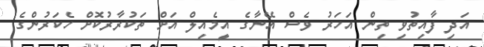
އަދި ފާއިތުވި ތިން އަހަރު ވެސް އޭނާގެ އީމެއިލް އަށް ތަކުރާރުކޮށް ހެކަރުންގެ